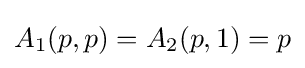
A_{1}(p,p)=A_{2}(p,1)=p